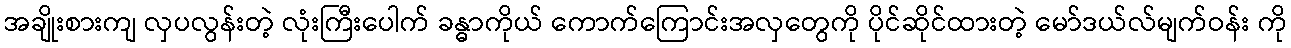
အချိုးစားကျ လှပလွန်းတဲ့ လုံးကြီးပေါက် ခန္ဓာကိုယ် ကောက်ကြောင်းအလှတွေကို ပိုင်ဆိုင်ထားတဲ့ မော်ဒယ်လ်မျက်ဝန်း ကို